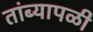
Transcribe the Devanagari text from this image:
तांब्यापळी